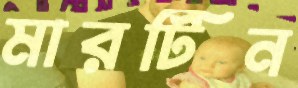
মারটিন